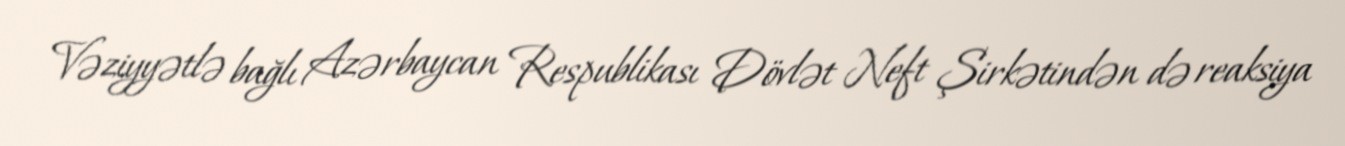
Vəziyyətlə bağlı Azərbaycan Respublikası Dövlət Neft Şirkətindən də reaksiya